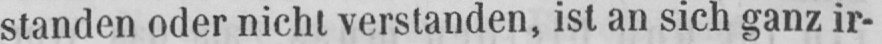
standen oder nicht verstanden, ist an sich ganz ir-